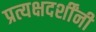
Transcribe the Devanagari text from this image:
प्रत्यक्षदर्शींनी